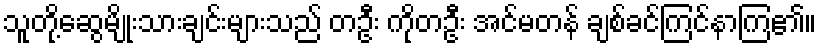
သူတို့ဆွေမျိုးသားချင်းများသည် တဦး ကိုတဦး အင်မတန် ချစ်ခင်ကြင်နာကြ၏။